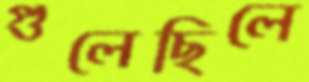
গুলেছিলে